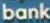
bank